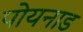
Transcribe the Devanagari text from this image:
पोयनाड